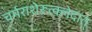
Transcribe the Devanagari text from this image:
चर्मराशेरूत्क्लेदात्